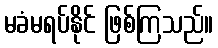
မခံမရပ်နိုင် ဖြစ်ကြသည်။